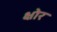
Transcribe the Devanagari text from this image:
क्षोर